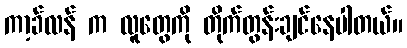
ကာ့ခ်လန် က လူတွေကို တိုက်တွန်းချင်နေပါတယ်။